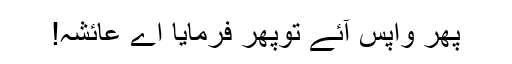
پھر واپس آئے توپھر فرمایا اے عائشہ!